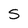
Character: S